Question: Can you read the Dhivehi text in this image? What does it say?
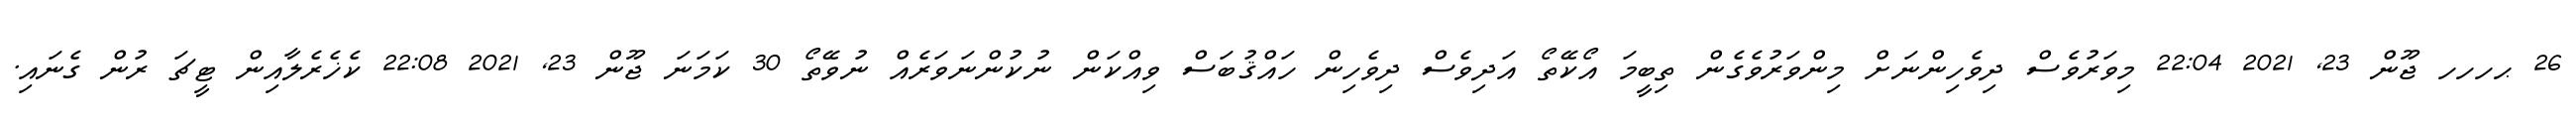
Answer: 26 ޙހހހ ޖޫން 23, 2021 22:04 މިވަރުވެސް ދިވެހިންނަށް މިންވަރުވެގެން ތިބީމަ އޯކޭތޯ އަދިވެސް ދިވެހިން ހައްޤުބަސް ވިއްކަން ނުކުންނަވަރެއް ނުވޭތޯ 30 ކަމަނަ ޖޫން 23, 2021 22:08 ކެޚެރެލާއިން ޓީޗަ ރުން ގެނައި.